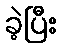
ခဲ့ပြီး